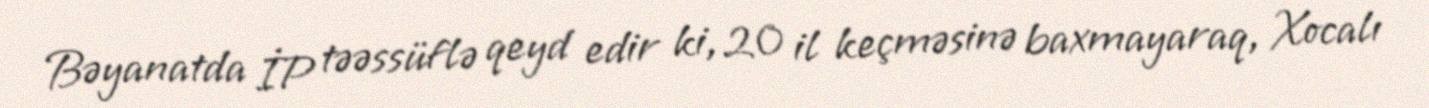
Bəyanatda İP təəssüflə qeyd edir ki, 20 il keçməsinə baxmayaraq, Xocalı